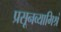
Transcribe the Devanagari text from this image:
प्रसूनव्यामिश्रं